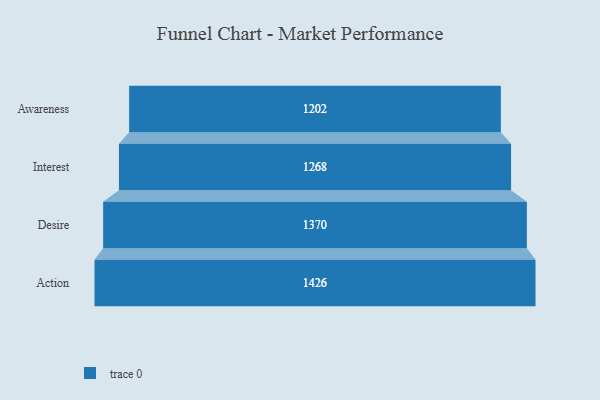
{"axis": {"x": "Stage", "y": "Value"}, "legend": [""], "data": [{"x": "Awareness", "y": 1202.0, "type": ""}, {"x": "Interest", "y": 1268.0, "type": ""}, {"x": "Desire", "y": 1370.0, "type": ""}, {"x": "Action", "y": 1426.0, "type": ""}]}